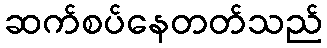
ဆက်စပ်နေတတ်သည်